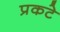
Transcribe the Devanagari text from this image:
प्रकटे